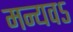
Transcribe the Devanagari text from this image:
मन्यवऽ